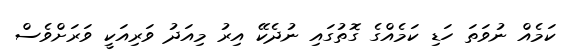
ކަމެއް ނުވަތަ ހަޑި ކަމެއްގެ ގޮތުގައި ނުދެކޭ އިރު މިއަދު ވަރިއަކީ ވަރަށްވެސް